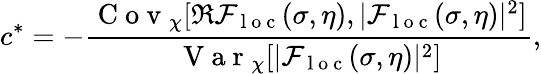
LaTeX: c^{*}=-\frac{\mathrm{~C~o~v~}_{\chi}[\Re\mathcal{F}_{\mathrm{~l~o~c~}}(\sigma,\eta),|\mathcal{F}_{\mathrm{~l~o~c~}}(\sigma,\eta)|^{2}]}{\mathrm{~V~a~r~}_{\chi}[|\mathcal{F}_{\mathrm{~l~o~c~}}(\sigma,\eta)|^{2}]},